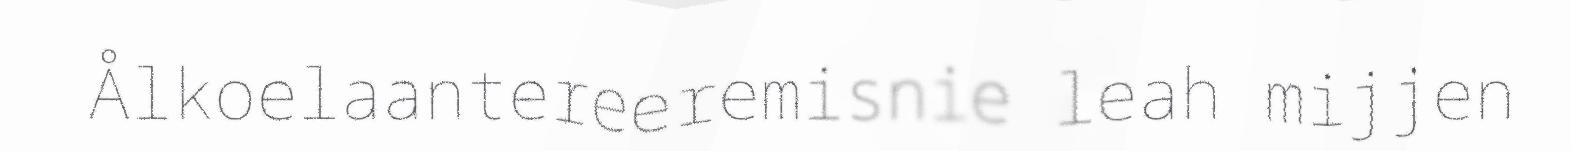
Ålkoelaantereeremisnie leah mijjen